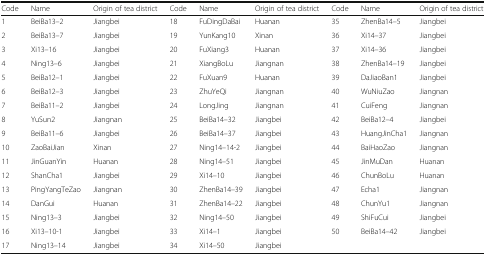
<table><thead><tr><td><b>Code</b></td><td><b>Name</b></td><td><b>Origin of tea district</b></td><td><b>Code</b></td><td><b>Name</b></td><td><b>Origin of tea district</b></td><td><b>Code</b></td><td><b>Name</b></td><td><b>Origin of tea district</b></td></tr></thead><tbody><tr><td>1</td><td>BeiBa13–2</td><td>Jiangbei</td><td>18</td><td>FuDingDaBai</td><td>Huanan</td><td>35</td><td>ZhenBa14–5</td><td>Jiangbei</td></tr><tr><td>2</td><td>BeiBa13–7</td><td>Jiangbei</td><td>19</td><td>YunKang10</td><td>Xinan</td><td>36</td><td>Xi14–37</td><td>Jiangbei</td></tr><tr><td>3</td><td>Xi13–16</td><td>Jiangbei</td><td>20</td><td>FuXiang3</td><td>Huanan</td><td>37</td><td>Xi14–36</td><td>Jiangbei</td></tr><tr><td>4</td><td>Ning13–6</td><td>Jiangbei</td><td>21</td><td>XiangBoLu</td><td>Jiangnan</td><td>38</td><td>ZhenBa14–19</td><td>Jiangbei</td></tr><tr><td>5</td><td>BeiBa12–1</td><td>Jiangbei</td><td>22</td><td>FuXuan9</td><td>Huanan</td><td>39</td><td>DaJiaoBan1</td><td>Jiangbei</td></tr><tr><td>6</td><td>BeiBa12–3</td><td>Jiangbei</td><td>23</td><td>ZhuYeQi</td><td>Jiangnan</td><td>40</td><td>WuNiuZao</td><td>Jiangnan</td></tr><tr><td>7</td><td>BeiBa11–2</td><td>Jiangbei</td><td>24</td><td>LongJing</td><td>Jiangnan</td><td>41</td><td>CuiFeng</td><td>Jiangnan</td></tr><tr><td>8</td><td>YuSun2</td><td>Jiangnan</td><td>25</td><td>BeiBa14–32</td><td>Jiangbei</td><td>42</td><td>BeiBa12–4</td><td>Jiangbei</td></tr><tr><td>9</td><td>BeiBa11–6</td><td>Jiangbei</td><td>26</td><td>BeiBa14–37</td><td>Jiangbei</td><td>43</td><td>HuangJinCha1</td><td>Jiangnan</td></tr><tr><td>10</td><td>ZaoBaiJian</td><td>Xinan</td><td>27</td><td>Ning14–14-2</td><td>Jiangbei</td><td>44</td><td>BaiHaoZao</td><td>Jiangnan</td></tr><tr><td>11</td><td>JinGuanYin</td><td>Huanan</td><td>28</td><td>Ning14–51</td><td>Jiangbei</td><td>45</td><td>JinMuDan</td><td>Huanan</td></tr><tr><td>12</td><td>ShanCha1</td><td>Jiangbei</td><td>29</td><td>Xi14–10</td><td>Jiangbei</td><td>46</td><td>ChunBoLu</td><td>Huanan</td></tr><tr><td>13</td><td>PingYangTeZao</td><td>Jiangnan</td><td>30</td><td>ZhenBa14–39</td><td>Jiangbei</td><td>47</td><td>Echa1</td><td>Jiangnan</td></tr><tr><td>14</td><td>DanGui</td><td>Huanan</td><td>31</td><td>ZhenBa14–22</td><td>Jiangbei</td><td>48</td><td>ChunYu1</td><td>Jiangnan</td></tr><tr><td>15</td><td>Ning13–3</td><td>Jiangbei</td><td>32</td><td>Ning14–50</td><td>Jiangbei</td><td>49</td><td>ShiFuCui</td><td>Jiangbei</td></tr><tr><td>16</td><td>Xi13–10-1</td><td>Jiangbei</td><td>33</td><td>Xi14–1</td><td>Jiangbei</td><td>50</td><td>BeiBa14–42</td><td>Jiangbei</td></tr><tr><td>17</td><td>Ning13–14</td><td>Jiangbei</td><td>34</td><td>Xi14–50</td><td>Jiangbei</td><td></td><td></td><td></td></tr></tbody></table>